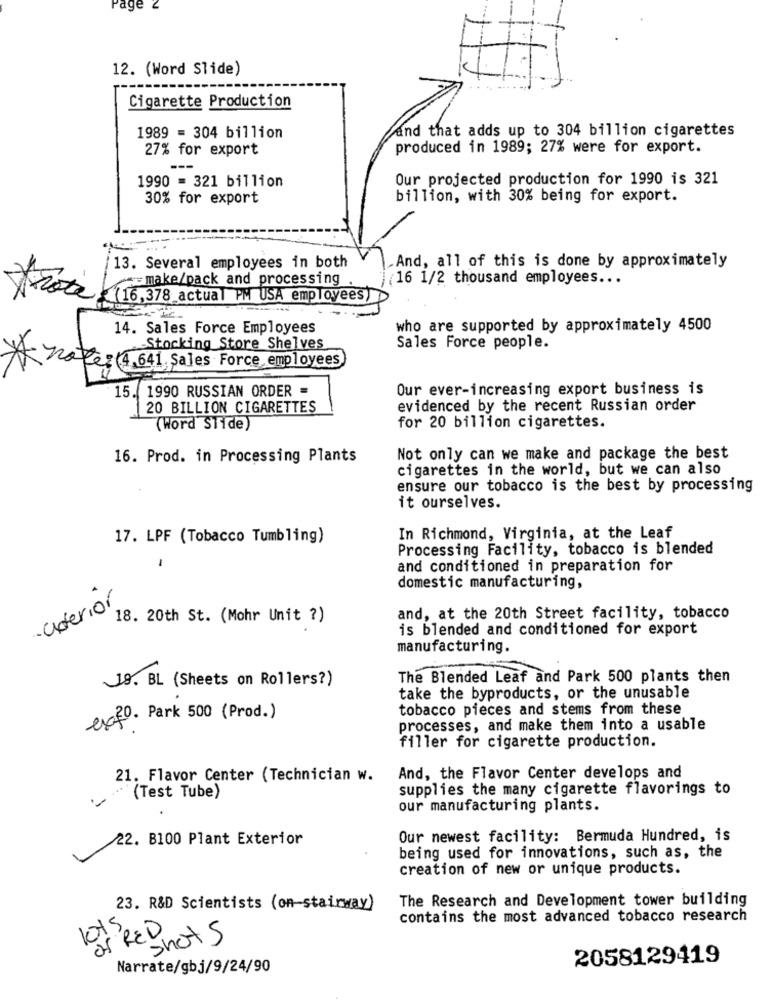
Page
12. (Word Slide)
Cigarette Production
And that adds up to 304 billion cigarettes
1989 = 304 billion
27% for export
produced in 1989; 27% were for export.
1990 = 321 billion
Our projected production for 1990 is 321
30% for export
billion, with 30% being for export.
13. Several employees in both
And, all of this is done by approximately
== make/pack and processing .
(16 1/2 thousand employees ...
(16,378 actual PM USA employees)
14. Sales Force Employees
who are supported by approximately 4500
Stocking Store Shelves
Sales Force people.
za Re: (4,641 Sales Force employees
15. 1990 RUSSIAN ORDER =
Our ever-increasing export business is
20 BILLION CIGARETTES
evidenced by the recent Russian order
(Word Slide)
for 20 billion cigarettes.
16. Prod. in Processing Plants
Not only can we make and package the best
cigarettes in the world, but we can also
ensure our tobacco is the best by processing
it ourselves.
17. LPF (Tobacco Tumbling)
In Richmond, Virginia, at the Leaf
Processing Facility, tobacco is blended
-
and conditioned in preparation for
domestic manufacturing,
·anterior
18. 20th St. (Mohr Unit ?)
and, at the 20th Street facility, tobacco
is blended and conditioned for export
manufacturing.
18. BL (Sheets on Rollers?)
The Blended Leaf and Park 500 plants then
take the byproducts, or the unusable
tobacco pieces and stems from these
exfo. Park 500 (Prod.)
processes, and make them into a usable
filler for cigarette production.
21. Flavor Center (Technician w.
And, the Flavor Center develops and
supplies the many cigarette flavorings to
"(Test Tube)
our manufacturing plants.
/22. B100 Plant Exterior
Our newest facility: Bermuda Hundred, is
being used for innovations, such as, the
creation of new or unique products.
The Research and Development tower building
23. R&D Scientists (on-stairway)
contains the most advanced tobacco research
Pos RED
Shots
2058129419
Narrate/gbj/9/24/90